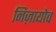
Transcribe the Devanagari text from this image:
निज़ायोव